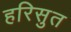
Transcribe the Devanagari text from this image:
हरिसुत